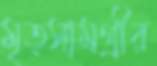
মৃত্সামগ্রীর